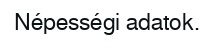
Népességi adatok.